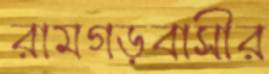
রামগড়বাসীর